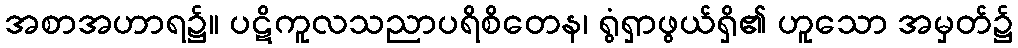
အစာအဟာရ၌။ ပဋိကူလသညာပရိစိတေန၊ ရွံရှာဖွယ်ရှိ၏ ဟူသော အမှတ်၌